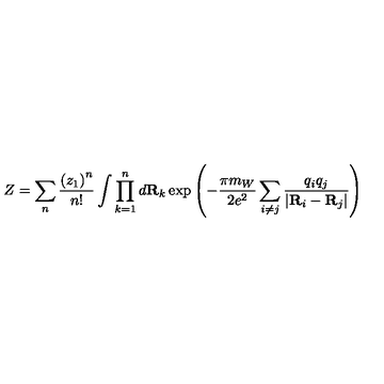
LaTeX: Z = \sum _ { n } { \frac { \left( z _ { 1 } \right) ^ { n } } { n ! } } \int \prod _ { k = 1 } ^ { n } d { \bf R } _ { k } \exp \left( - { \frac { \pi m _ { W } } { 2 e ^ { 2 } } } \sum _ { i \not = j } { \frac { q _ { i } q _ { j } } { \vert { \bf R } _ { i } - { \bf R } _ { j } \vert } } \right)